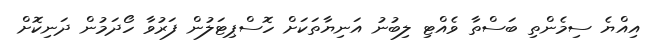
އިއްޔެ ސިމެންތި ބަސްތާ ވެއްޓި ލިބުނު އަނިޔާތަކަށް ހޮސްޕިޓަލުން ފަރުވާ ހޯދަމުން ދަނިކޮށް